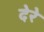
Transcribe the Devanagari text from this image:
देरे